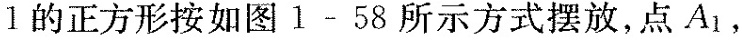
1的正方形按如图1-58所示方式摆放，点A_{1}，